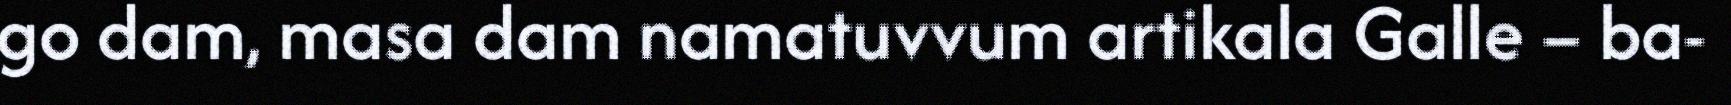
go dam, masa dam namatuvvum artikala Galle – ba-